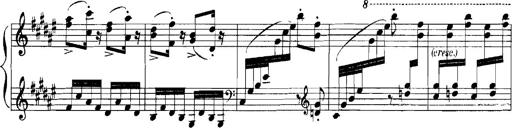
Title: Rhapsodies hongroises
Composer: Franz Liszt